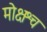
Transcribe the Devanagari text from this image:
मोक्षश्च